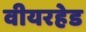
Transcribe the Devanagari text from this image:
वीयरहेड